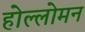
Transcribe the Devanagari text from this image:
होल्लोमन